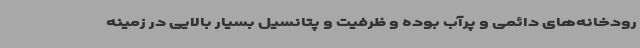
رودخانه‌های دائمی و پرآب بوده و ظرفیت و پتانسیل بسیار بالایی در زمینه